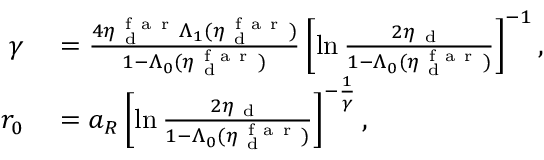
\begin{array} { r l } { \gamma } & { { } = \frac { 4 \eta _ { \mathrm { ~ d ~ } } ^ { \mathrm { ~ f ~ a ~ r ~ } } \Lambda _ { 1 } ( \eta _ { \mathrm { ~ d ~ } } ^ { \mathrm { ~ f ~ a ~ r ~ } } ) } { 1 - \Lambda _ { 0 } ( \eta _ { \mathrm { ~ d ~ } } ^ { \mathrm { ~ f ~ a ~ r ~ } } ) } \left[ \ln \frac { 2 \eta _ { \mathrm { ~ d ~ } } } { 1 - \Lambda _ { 0 } ( \eta _ { \mathrm { ~ d ~ } } ^ { \mathrm { ~ f ~ a ~ r ~ } } ) } \right] ^ { - 1 } , } \\ { r _ { 0 } } & { { } = a _ { R } \left[ \ln \frac { 2 \eta _ { \mathrm { ~ d ~ } } } { 1 - \Lambda _ { 0 } ( \eta _ { \mathrm { ~ d ~ } } ^ { \mathrm { ~ f ~ a ~ r ~ } } ) } \right] ^ { - \frac { 1 } { \gamma } } , } \end{array}